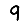
Digit: 9